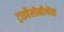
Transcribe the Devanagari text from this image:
ट्राइहैलोमीथेंस